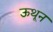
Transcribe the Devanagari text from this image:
ऊथून